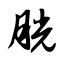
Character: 胱